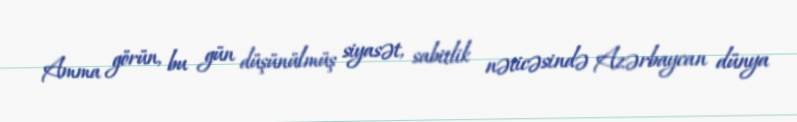
Amma görün, bu gün düşünülmüş siyasət, sabitlik nəticəsində Azərbaycan dünya